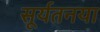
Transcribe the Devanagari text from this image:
सूर्यतनया